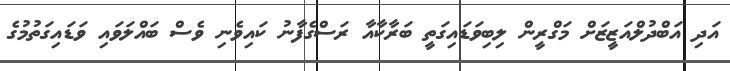
އަދި އަބްދުލްއަޒީޒަށް މަގްރީން ލިބިވަޑައިގަތީ ބަރާކާއާ ރަސްގެފާނު ކައިވެނި ވެސް ބައްލަވައި ވަޑައިގަތުމުގެ